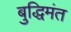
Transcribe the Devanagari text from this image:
बुद्धिमंत